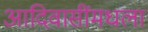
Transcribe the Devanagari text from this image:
आदिवासींमधला